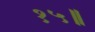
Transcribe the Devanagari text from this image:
१५॥